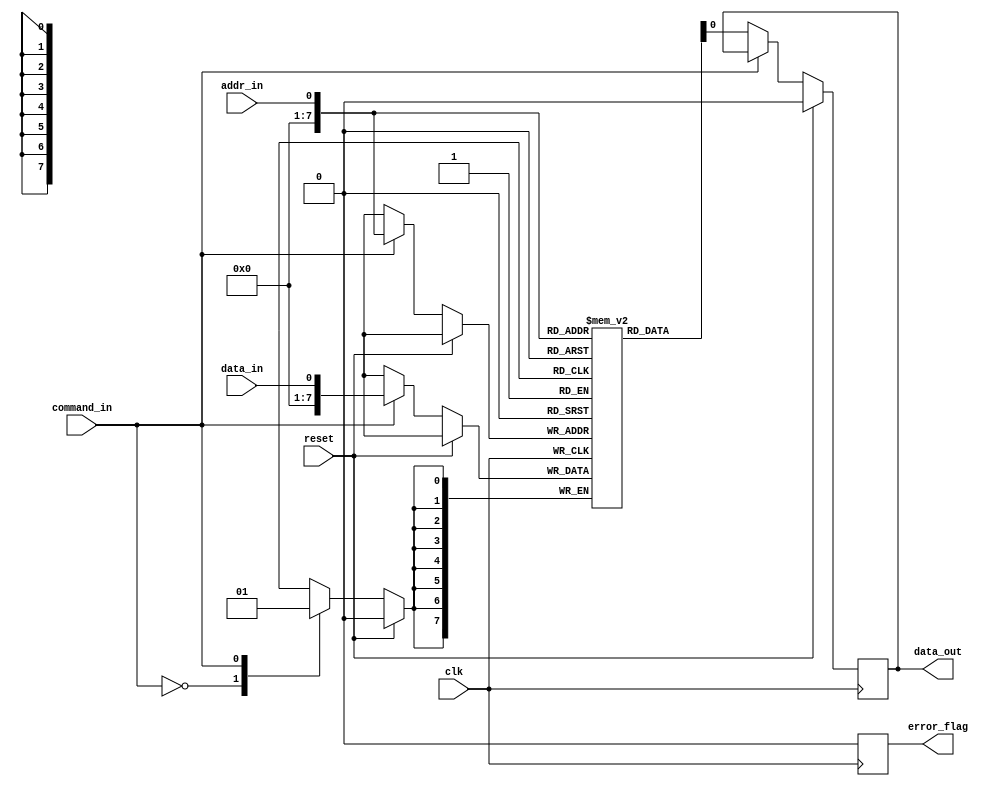
module DDR_SDRAM (
    input wire clk,             // Clock input
    input wire reset,           // Reset input
    input wire data_in,         // Data input
    output reg data_out,        // Data output
    input wire addr_in,         // Address input
    input wire command_in,      // Command input
    output reg error_flag       // Error flag output
);

reg [7:0] data_register;        // Data register for storing incoming data
reg [7:0] memory[0:255];       // Memory array for storing data

always @(posedge clk) begin
    if (reset) begin
        data_out <= 8'h00;     // Reset data output
        error_flag <= 1'b0;    // Reset error flag
    end else begin
        case (command_in)
            2'b00: begin // Read operation
                data_out <= memory[addr_in];
                error_flag <= 1'b0; // No error during read
            end
            
            2'b01: begin // Write operation
                memory[addr_in] <= data_in;
                error_flag <= 1'b0; // No error during write
            end
            
            default: error_flag <= 1'b1; // Error flag for invalid command
        endcase
    end
end

endmodule